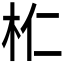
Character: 𣏴